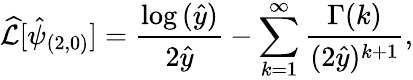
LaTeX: \widehat{\mathcal{L}}[\hat{\psi}_{(2,0)}]=\frac{\log{(\hat{y})}}{2\hat{y}}-\sum_{k=1}^{\infty}\frac{\Gamma{(k)}}{(2\hat{y})^{k+1}},